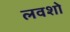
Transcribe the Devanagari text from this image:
लवशो